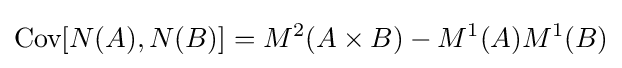
{\text{Cov}}[{N}(A),{N}(B)]=M^{2}(A\times B)-M^{1}(A)M^{1}(B)